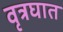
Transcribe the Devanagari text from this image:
वृत्रघात